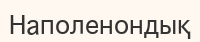
Наполенондық